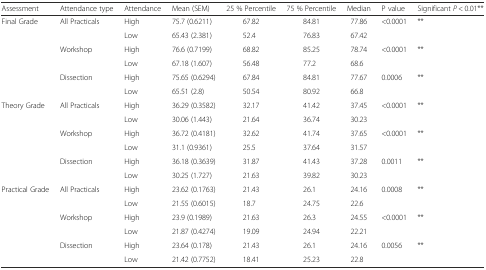
<table><thead><tr><td><b>Assessment</b></td><td><b>Attendance type</b></td><td><b>Attendance</b></td><td><b>Mean (SEM)</b></td><td><b>25 % Percentile</b></td><td><b>75 % Percentile</b></td><td><b>Median</b></td><td><b>P value</b></td><td><b>Significant <i>P</i> &lt; 0.01**</b></td></tr></thead><tbody><tr><td rowspan="6">Final Grade</td><td rowspan="2">All Practicals</td><td>High</td><td>75.7 (0.6211)</td><td>67.82</td><td>84.81</td><td>77.86</td><td rowspan="2">&lt;0.0001</td><td rowspan="2">**</td></tr><tr><td>Low</td><td>65.43 (2.381)</td><td>52.4</td><td>76.83</td><td>67.42</td></tr><tr><td rowspan="2">Workshop</td><td>High</td><td>76.6 (0.7199)</td><td>68.82</td><td>85.25</td><td>78.74</td><td rowspan="2">&lt;0.0001</td><td rowspan="2">**</td></tr><tr><td>Low</td><td>67.18 (1.607)</td><td>56.48</td><td>77.2</td><td>68.6</td></tr><tr><td rowspan="2">Dissection</td><td>High</td><td>75.65 (0.6294)</td><td>67.84</td><td>84.81</td><td>77.67</td><td rowspan="2">0.0006</td><td rowspan="2">**</td></tr><tr><td>Low</td><td>65.51 (2.8)</td><td>50.54</td><td>80.92</td><td>66.8</td></tr><tr><td rowspan="6">Theory Grade</td><td rowspan="2">All Practicals</td><td>High</td><td>36.29 (0.3582)</td><td>32.17</td><td>41.42</td><td>37.45</td><td rowspan="2">&lt;0.0001</td><td rowspan="2">**</td></tr><tr><td>Low</td><td>30.06 (1.443)</td><td>21.64</td><td>36.74</td><td>30.23</td></tr><tr><td rowspan="2">Workshop</td><td>High</td><td>36.72 (0.4181)</td><td>32.62</td><td>41.74</td><td>37.65</td><td rowspan="2">&lt;0.0001</td><td rowspan="2">**</td></tr><tr><td>Low</td><td>31.1 (0.9361)</td><td>25.5</td><td>37.64</td><td>31.57</td></tr><tr><td rowspan="2">Dissection</td><td>High</td><td>36.18 (0.3639)</td><td>31.87</td><td>41.43</td><td>37.28</td><td rowspan="2">0.0011</td><td rowspan="2">**</td></tr><tr><td>Low</td><td>30.25 (1.727)</td><td>21.63</td><td>39.82</td><td>30.23</td></tr><tr><td rowspan="6">Practical Grade</td><td rowspan="2">All Practicals</td><td>High</td><td>23.62 (0.1763)</td><td>21.43</td><td>26.1</td><td>24.16</td><td rowspan="2">0.0008</td><td rowspan="2">**</td></tr><tr><td>Low</td><td>21.55 (0.6015)</td><td>18.7</td><td>24.75</td><td>22.6</td></tr><tr><td rowspan="2">Workshop</td><td>High</td><td>23.9 (0.1989)</td><td>21.63</td><td>26.3</td><td>24.55</td><td rowspan="2">&lt;0.0001</td><td rowspan="2">**</td></tr><tr><td>Low</td><td>21.87 (0.4274)</td><td>19.09</td><td>24.94</td><td>22.21</td></tr><tr><td rowspan="2">Dissection</td><td>High</td><td>23.64 (0.178)</td><td>21.43</td><td>26.1</td><td>24.16</td><td rowspan="2">0.0056</td><td rowspan="2">**</td></tr><tr><td>Low</td><td>21.42 (0.7752)</td><td>18.41</td><td>25.23</td><td>22.8</td></tr></tbody></table>